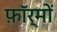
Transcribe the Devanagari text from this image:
फ़ॉर्मों